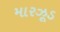
મારઝૂડ